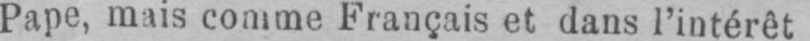
Pape, mais comme Français et dans l’intérêt